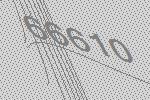
66610